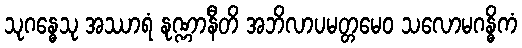
သုဂန္ဓေသု အဿာရံ နုဏ္ဏာနီတိ အဘိလာပမတ္တမေဝ သလောမဂန္ဓိကံ